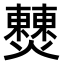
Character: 𤒖